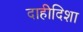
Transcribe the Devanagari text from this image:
दाहीदिशा